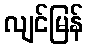
လျင်မြန်